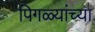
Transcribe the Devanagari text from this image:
पिगळ्यांच्या